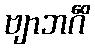
ဗျာဘင်္ဂိံ